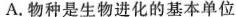
A.物种是生物进化的基本单位